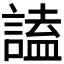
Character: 𧪞